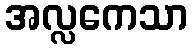
အလ္လကေသာ